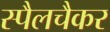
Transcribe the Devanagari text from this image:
स्पैलचैकर